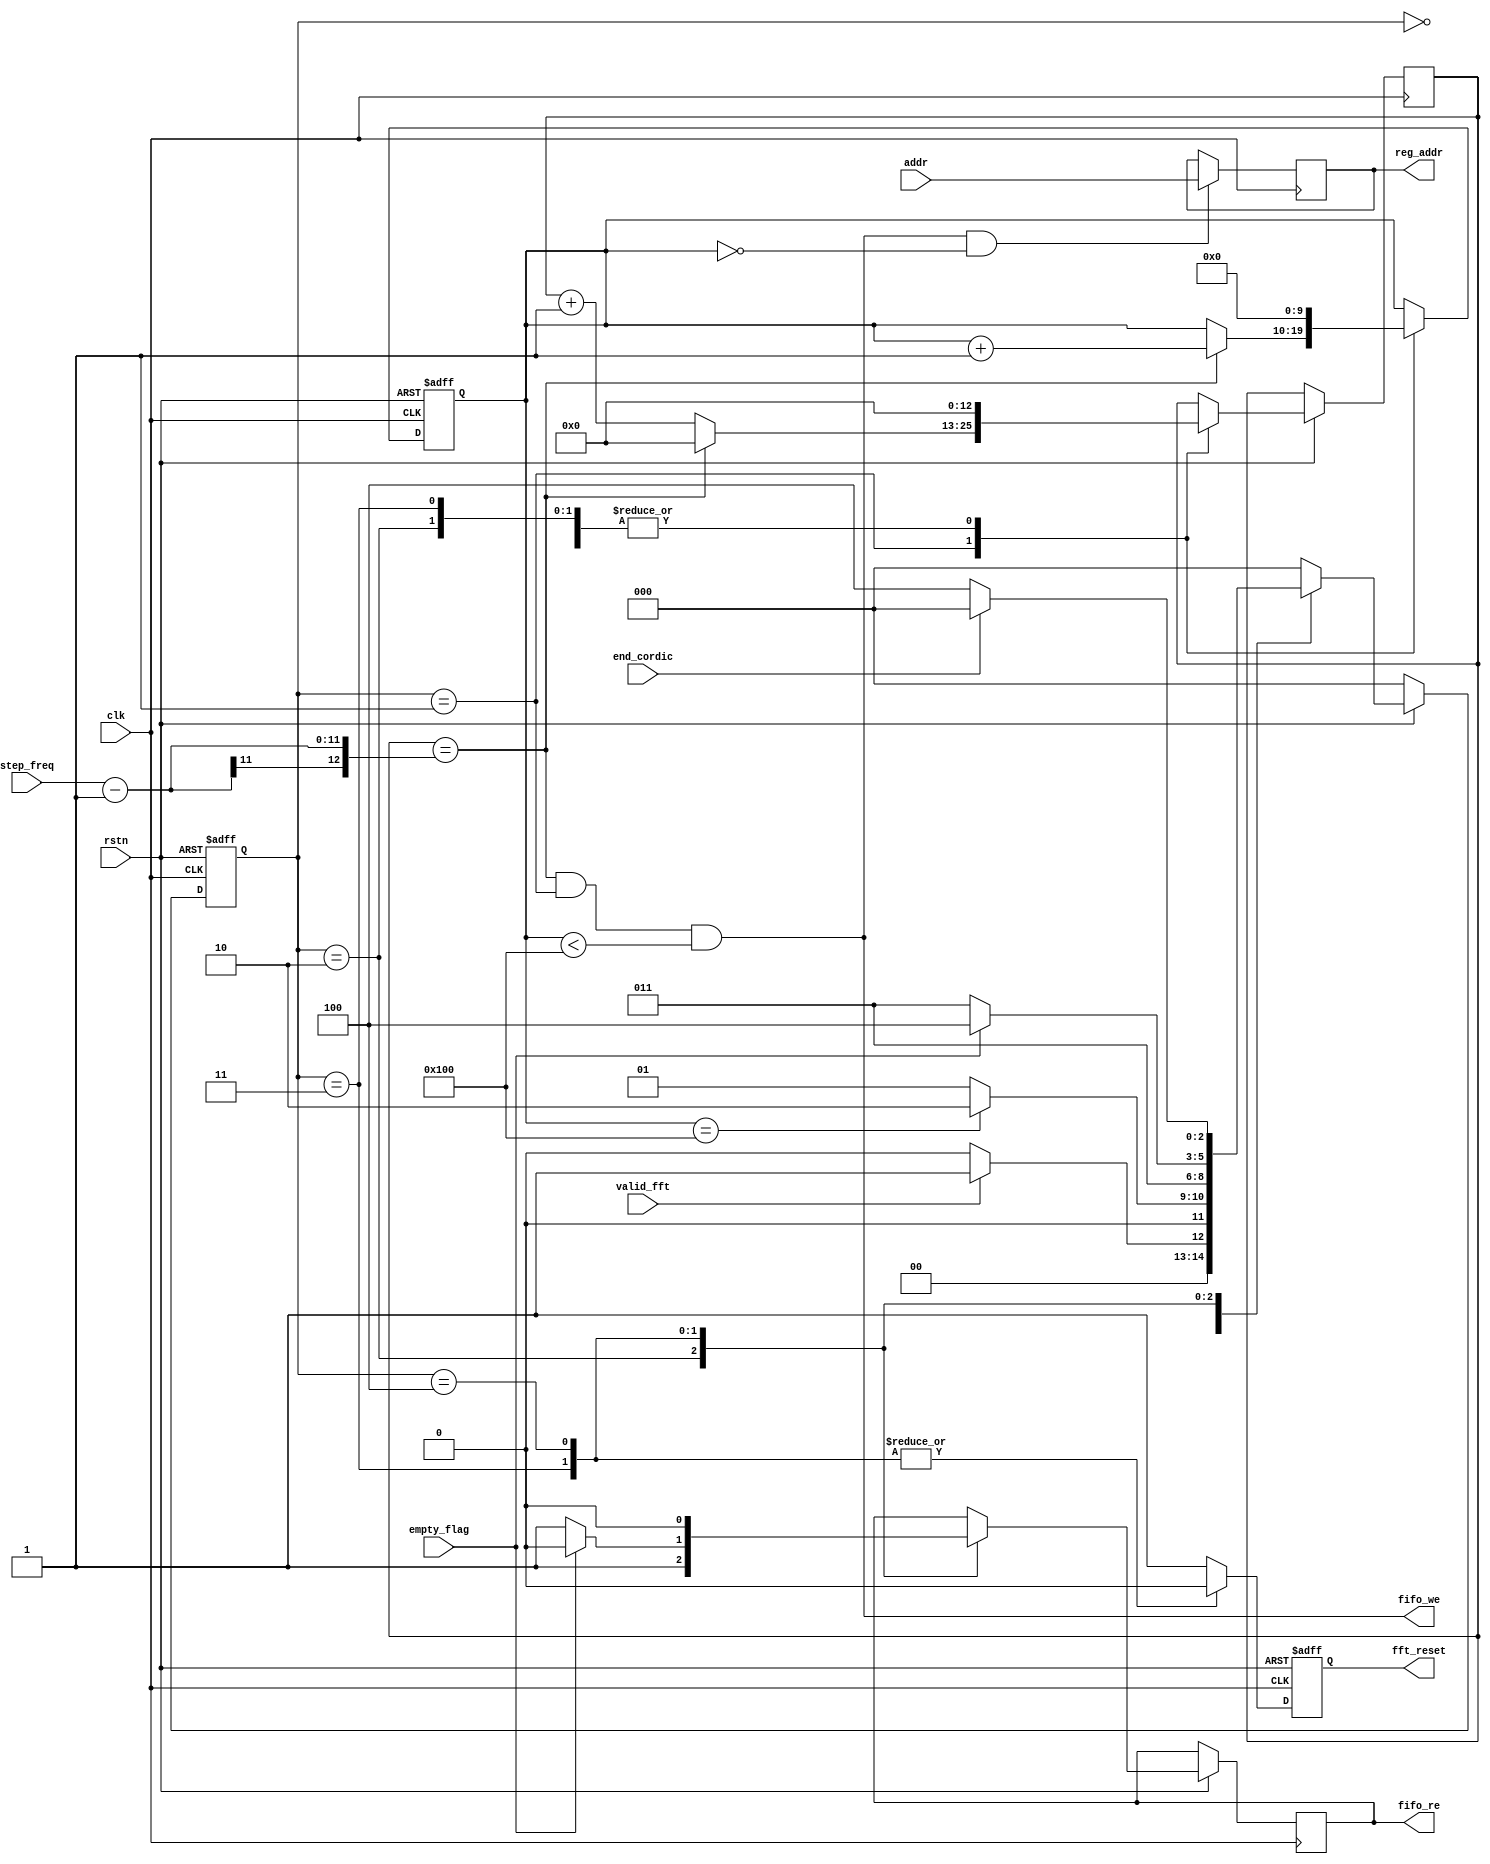
module fft_control (
           input wire clk,
           input wire rstn,
           input wire end_cordic,
           input wire valid_fft,
           input wire [10: 0] addr,

           input wire empty_flag,
           input wire [10: 0] step_freq,

           output wire fifo_we,/* synthesis keep */
           output reg fifo_re,/* synthesis keep */

           output reg fft_reset,
           output reg [10: 0] reg_addr
       );

parameter IDLE = 3'd0;//FFT1
parameter S1 = 3'd1;//fifo
parameter S2 = 3'd2;//fft
parameter S3 = 3'd3;//
parameter S4 = 3'd4;//

reg [2: 0] state;/* synthesis keep */
reg [2: 0] nstate;/* synthesis keep */

reg [12: 0] cnt_freq;
reg [9: 0] cnt_fifo;
wire end_fifo;
assign end_fifo = (cnt_fifo == 10'd256);

always @(posedge clk or negedge rstn) begin
    if (!rstn) begin
        state <= 0;
    end
    else begin
        state <= nstate;
    end
end

always @( * ) begin
    if (!rstn) begin
        nstate = 0;
    end
    else begin
        case (state)
            IDLE:
                if(valid_fft)
                    nstate = S1;
                else
                    nstate = IDLE;
            S1:
                if(end_fifo)
                    nstate = S2;
                else
                    nstate = S1;
            S2:
                nstate = S3;
            S3: 
                if(empty_flag)
                    nstate = S4;
                else
                    nstate = S3;
            S4:
                if(end_cordic)
                    nstate = IDLE;
                else
                    nstate = S4;
            default:
                nstate = IDLE;
        endcase
    end
end

always @(posedge clk or negedge rstn) begin
    if (!rstn) begin
        fft_reset <= 0;
        cnt_fifo <= 0;
        //reg_addr <= 0;
    end
    else begin
        case (state)
            IDLE: begin
                fft_reset <= 1;
                cnt_fifo <= 0;
                cnt_freq <= 0;
                //reg_addr <= reg_addr;
            end
            S1: begin
                fft_reset <= 1;
                if(cnt_freq == (step_freq - 1'b1)) begin
                    cnt_freq <= 0;
                end
                else begin
                    cnt_freq <= cnt_freq + 1'b1;
                end

                if(cnt_freq == (step_freq - 1'b1))
                    cnt_fifo <= cnt_fifo + 1'b1;
                else
                    cnt_fifo <= cnt_fifo;
                //reg_addr <= reg_addr;//addr
            end
            S2: begin
                fft_reset <= 1;
                cnt_freq <= 0;
                cnt_fifo <= 0;
                fifo_re <= 1;
            end
            S3: begin
                fft_reset <= 0;
                cnt_freq <= 0;
                cnt_fifo <= 0;
                if(!empty_flag)
                    fifo_re <= 1;
                else
                    fifo_re <= 0;
            end
            S4: begin
                fft_reset <= 0;
                fifo_re <= 0;
            end
            default: begin
                fft_reset <= 1;
                //reg_addr <= 0;
            end
        endcase
    end
end

always @(posedge clk) begin
    if(fifo_we && (cnt_fifo == 1'b0))
        reg_addr <= addr;
    else
        reg_addr <= reg_addr;
end

assign fifo_we = (cnt_freq == (step_freq - 1'b1)) && (state == S1) && (cnt_fifo < 10'd256);

endmodule